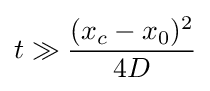
t\gg {\frac {(x_{c}-x_{0})^{2}}{4D}}